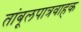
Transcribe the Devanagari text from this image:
तांबूलपात्रवाहक